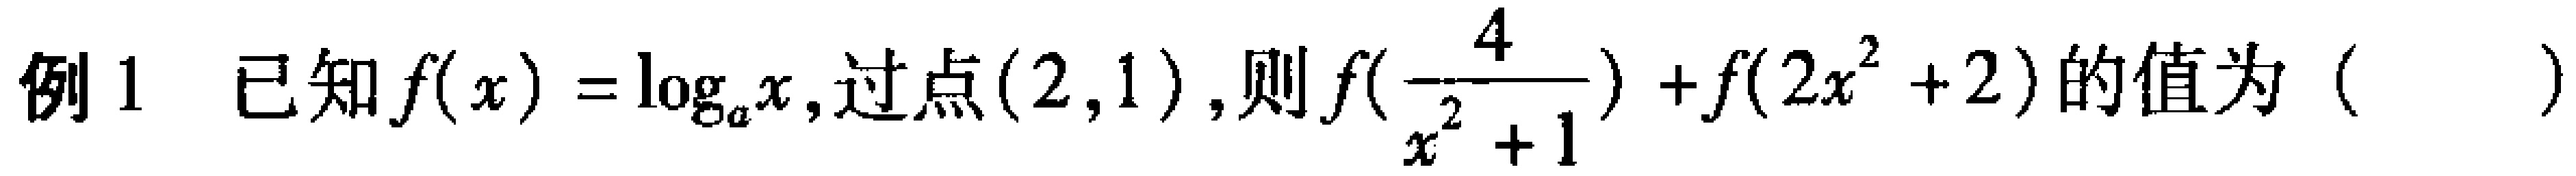
例1 已知$f(x)=\log_{a}x$,过点$(2,1)$,则$f(\frac{4}{x^{2}+1}) + f(2x^{2}+2)$的值为（  ）